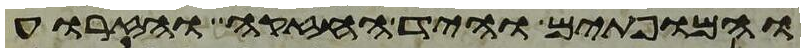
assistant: והמופתים והיד החזקה והזרוע